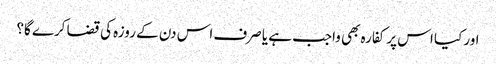
اور کیا اس پر کفارہ بھی واجب ہے یا صرف اس دن کے روزہ کی قضا کرے گا؟